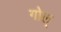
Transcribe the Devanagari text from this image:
गोल्